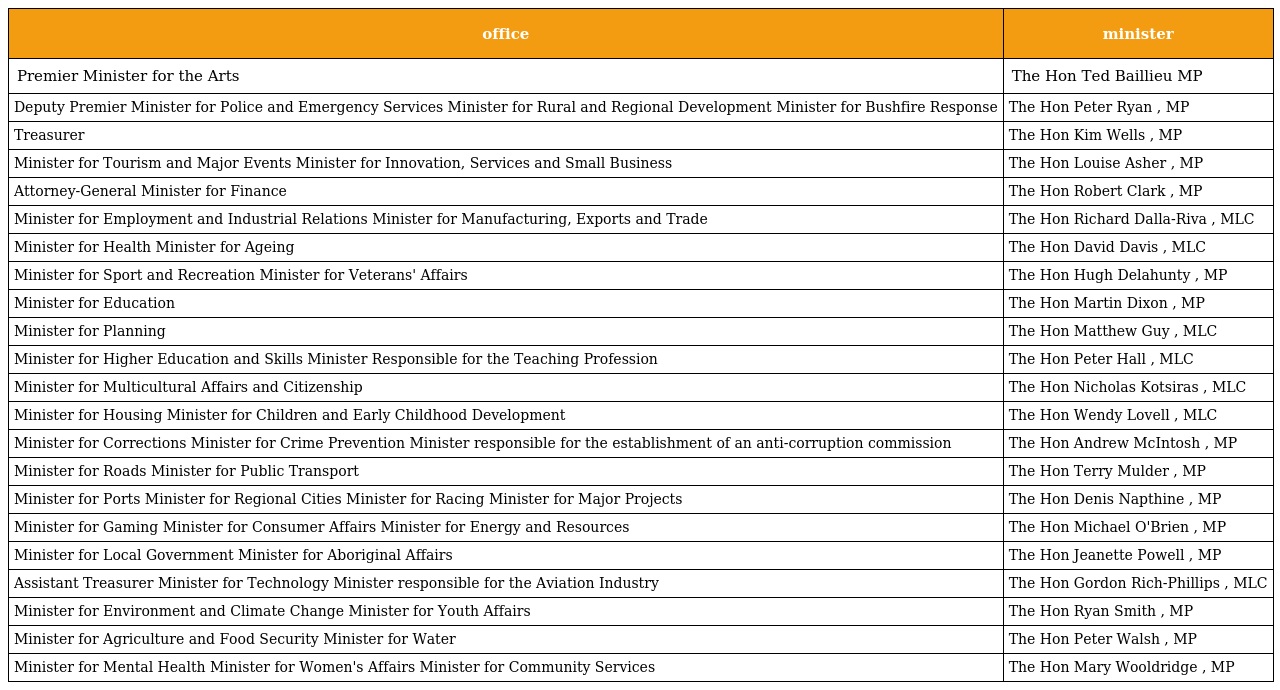
| office | minister |
 | --- | --- |
 | Premier Minister for the Arts | The Hon Ted Baillieu MP |
 | Deputy Premier Minister for Police and Emergency Services Minister for Rural and Regional Development Minister for Bushfire Response | The Hon Peter Ryan , MP |
 | Treasurer | The Hon Kim Wells , MP |
 | Minister for Tourism and Major Events Minister for Innovation, Services and Small Business | The Hon Louise Asher , MP |
 | Attorney-General Minister for Finance | The Hon Robert Clark , MP |
 | Minister for Employment and Industrial Relations Minister for Manufacturing, Exports and Trade | The Hon Richard Dalla-Riva , MLC |
 | Minister for Health Minister for Ageing | The Hon David Davis , MLC |
 | Minister for Sport and Recreation Minister for Veterans' Affairs | The Hon Hugh Delahunty , MP |
 | Minister for Education | The Hon Martin Dixon , MP |
 | Minister for Planning | The Hon Matthew Guy , MLC |
 | Minister for Higher Education and Skills Minister Responsible for the Teaching Profession | The Hon Peter Hall , MLC |
 | Minister for Multicultural Affairs and Citizenship | The Hon Nicholas Kotsiras , MLC |
 | Minister for Housing Minister for Children and Early Childhood Development | The Hon Wendy Lovell , MLC |
 | Minister for Corrections Minister for Crime Prevention Minister responsible for the establishment of an anti-corruption commission | The Hon Andrew McIntosh , MP |
 | Minister for Roads Minister for Public Transport | The Hon Terry Mulder , MP |
 | Minister for Ports Minister for Regional Cities Minister for Racing Minister for Major Projects | The Hon Denis Napthine , MP |
 | Minister for Gaming Minister for Consumer Affairs Minister for Energy and Resources | The Hon Michael O'Brien , MP |
 | Minister for Local Government Minister for Aboriginal Affairs | The Hon Jeanette Powell , MP |
 | Assistant Treasurer Minister for Technology Minister responsible for the Aviation Industry | The Hon Gordon Rich-Phillips , MLC |
 | Minister for Environment and Climate Change Minister for Youth Affairs | The Hon Ryan Smith , MP |
 | Minister for Agriculture and Food Security Minister for Water | The Hon Peter Walsh , MP |
 | Minister for Mental Health Minister for Women's Affairs Minister for Community Services | The Hon Mary Wooldridge , MP |